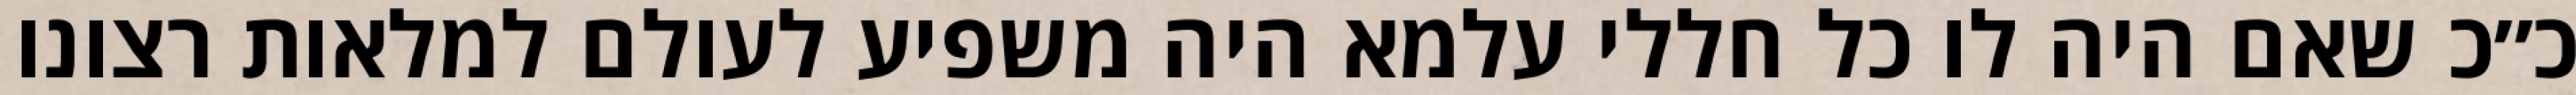
כ״כ שאם היה לו כל חללי עלמא היה משפיע לעולם למלאות רצונו